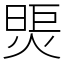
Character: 煚